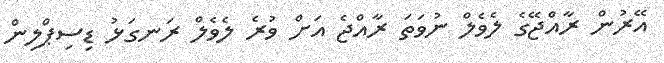
އޭރުން ރާއްޖޭގެ ލެވެލް ނުވަތަ ރާއްޖެ އަށް ވުރެ ލެވެލް ރަނގަޅު ޑިސިޕްލިން